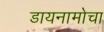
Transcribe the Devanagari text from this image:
डायनामोचा